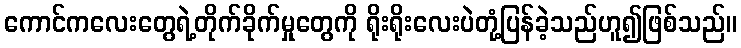
ကောင်ကလေးတွေရဲ့တိုက်ခိုက်မှုတွေကို ရိုးရိုးလေးပဲတုံ့ပြန်ခဲ့သည်ဟူ၍ဖြစ်သည်။